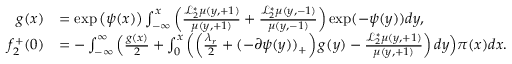
\begin{array} { r l } { g ( x ) } & { = \exp \left( \psi ( x ) \right) \int _ { - \infty } ^ { x } \left( \frac { \mathcal { L } _ { 2 } ^ { * } \mu ( y , + 1 ) } { \mu ( y , + 1 ) } + \frac { \mathcal { L } _ { 2 } ^ { * } \mu ( y , - 1 ) } { \mu ( y , - 1 ) } \right) \exp ( - \psi ( y ) ) d y , } \\ { f _ { 2 } ^ { + } ( 0 ) } & { = - \int _ { - \infty } ^ { \infty } \Big ( \frac { g ( x ) } { 2 } + \int _ { 0 } ^ { x } \left( \left( \frac { \lambda _ { r } } { 2 } + ( - \partial \psi ( y ) ) _ { + } \right) g ( y ) - \frac { \mathcal { L } _ { 2 } ^ { * } \mu ( y , + 1 ) } { \mu ( y , + 1 ) } \right) d y \Big ) \pi ( x ) d x . } \end{array}